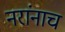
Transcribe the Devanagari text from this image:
नरांनाच